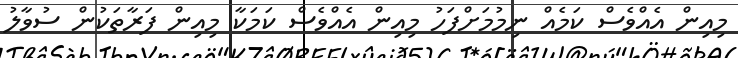
މިއިން އެއްވެސް ކަމެއް ނިމުމަށްފަހު މިއިން އެއްވެސް ކަމަކާ މިއިން ފަރާތަކުން ސުވާލު